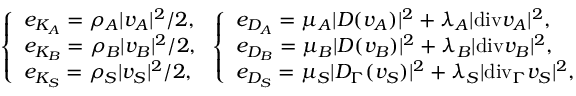
\left\{ \begin{array} { l l } { e _ { K _ { A } } = \rho _ { A } \vert v _ { A } \vert ^ { 2 } / 2 , } \\ { e _ { K _ { B } } = \rho _ { B } \vert v _ { B } \vert ^ { 2 } / 2 , } \\ { e _ { K _ { S } } = \rho _ { S } \vert v _ { S } \vert ^ { 2 } / 2 , } \end{array} \right. \left\{ \begin{array} { l l } { e _ { D _ { A } } = \mu _ { A } \vert D ( v _ { A } ) \vert ^ { 2 } + \lambda _ { A } \vert \mathrm { { d i v } } v _ { A } \vert ^ { 2 } , } \\ { e _ { D _ { B } } = \mu _ { B } \vert D ( v _ { B } ) \vert ^ { 2 } + \lambda _ { B } \vert { \mathrm { d i v } } v _ { B } \vert ^ { 2 } , } \\ { e _ { D _ { S } } = \mu _ { S } \vert D _ { \Gamma } ( v _ { S } ) \vert ^ { 2 } + \lambda _ { S } \vert \mathrm { { d i v } } _ { \Gamma } v _ { S } \vert ^ { 2 } , } \end{array} \right.